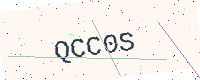
Text: QCC0S